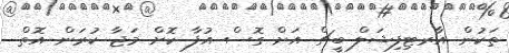
ތަކުން އާރޓިފިޝަލް ބީޗް އަށް ގޮސް އުފާ ކޮށް މަޖާ ކުރަން އޮތް